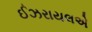
ઈઝરાયલએ